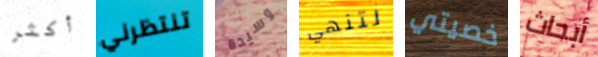
أكثر تنتظرني وسيدة لتنهي خصيتي أبحاث